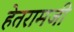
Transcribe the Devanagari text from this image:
हेतरामजी